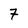
Character: 7